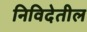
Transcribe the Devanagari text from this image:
निविदेतील